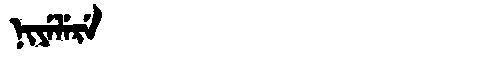
Manchu: ᠨᡳᠶᡝᠯᡝᡵᡝ
Romanization: NIYELERE